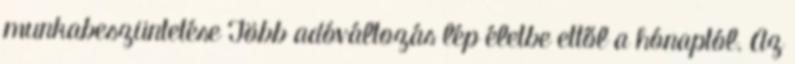
munkabeszüntetése Több adóváltozás lép életbe ettől a hónaptól. Az